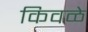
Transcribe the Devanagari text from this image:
किवळे